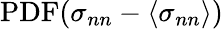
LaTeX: \mathrm{PDF}(\sigma_{nn}-\left\langle\sigma_{nn}\right\rangle)